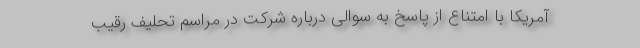
آمریکا با امتناع از پاسخ به سوالی درباره شرکت در مراسم تحلیف رقیب